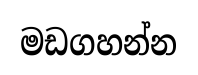
මඩගහන්න